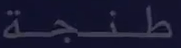
طَنجة